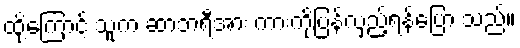
ထို့ကြောင့် သူက ဆာဘရီအား ကားကိုပြန်လှည့်ရန်ပြော သည်။